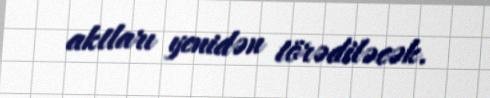
aktları yenidən törədiləcək.